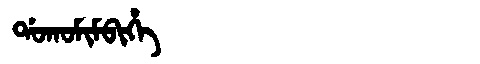
Manchu: ᡩᠣᡴᠣᠮᡳᠮᠪᡳᡥᡝ
Romanization: DOKOMIMBIHE